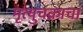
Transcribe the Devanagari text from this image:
मृत्युचक्राचा